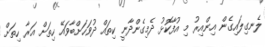
ލެނގިލައިގެން އިންއިރު މި އުފާކޮޅު ދެމިގެންދާނީ ކިތައް ދުވަހަށްބާވައޭ ހިތަށް އަރާ ހިތަށް